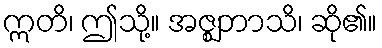
ဣတိ၊ ဤသို့။ အဇ္ဈဘာသိ၊ ဆို၏။